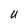
Character: U